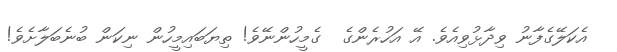
އެކަލޭގެފާނު ވިދާޅުވިއެވެ. އޭ އަހުރެންގެ  ގެމީހުންނޭވެ! ތިޔަބައިމީހުން ނިކަން ބުނެބަލާށެވެ!